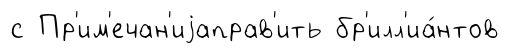
с Пр'им'ечан'иjаправ'ить бр'илл'иа́нтов